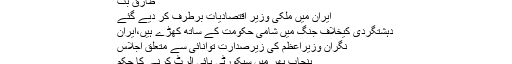
طارق بٹ
ایران میں ملکی وزیر اقتصادیات برطرف کر دیے گئے
دہشتگردی کیخلاف جنگ میں شامی حکومت کے ساتھ کھڑے ہیں،ایران
نگران وزیراعظم کی زیرصدارت توانائی سے متعلق اجلاس
پنجاب بھر میں سیکورٹی ہائی الرٹ کرنے کا حکم